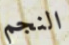
النجم